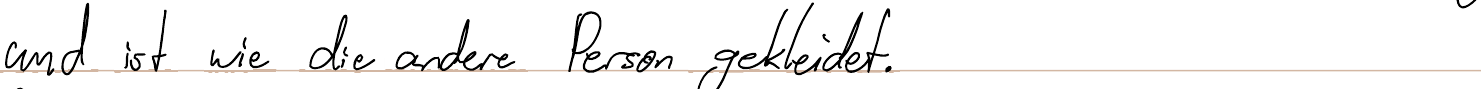
und ist wie die andere Person gekleidet.